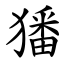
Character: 㺕